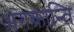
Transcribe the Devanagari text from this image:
अंगकान्ति